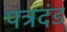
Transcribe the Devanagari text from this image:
पत्रदंड